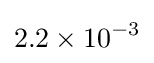
2.2\times 10^{-3}